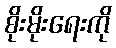
စိုးမိုးရေးကို